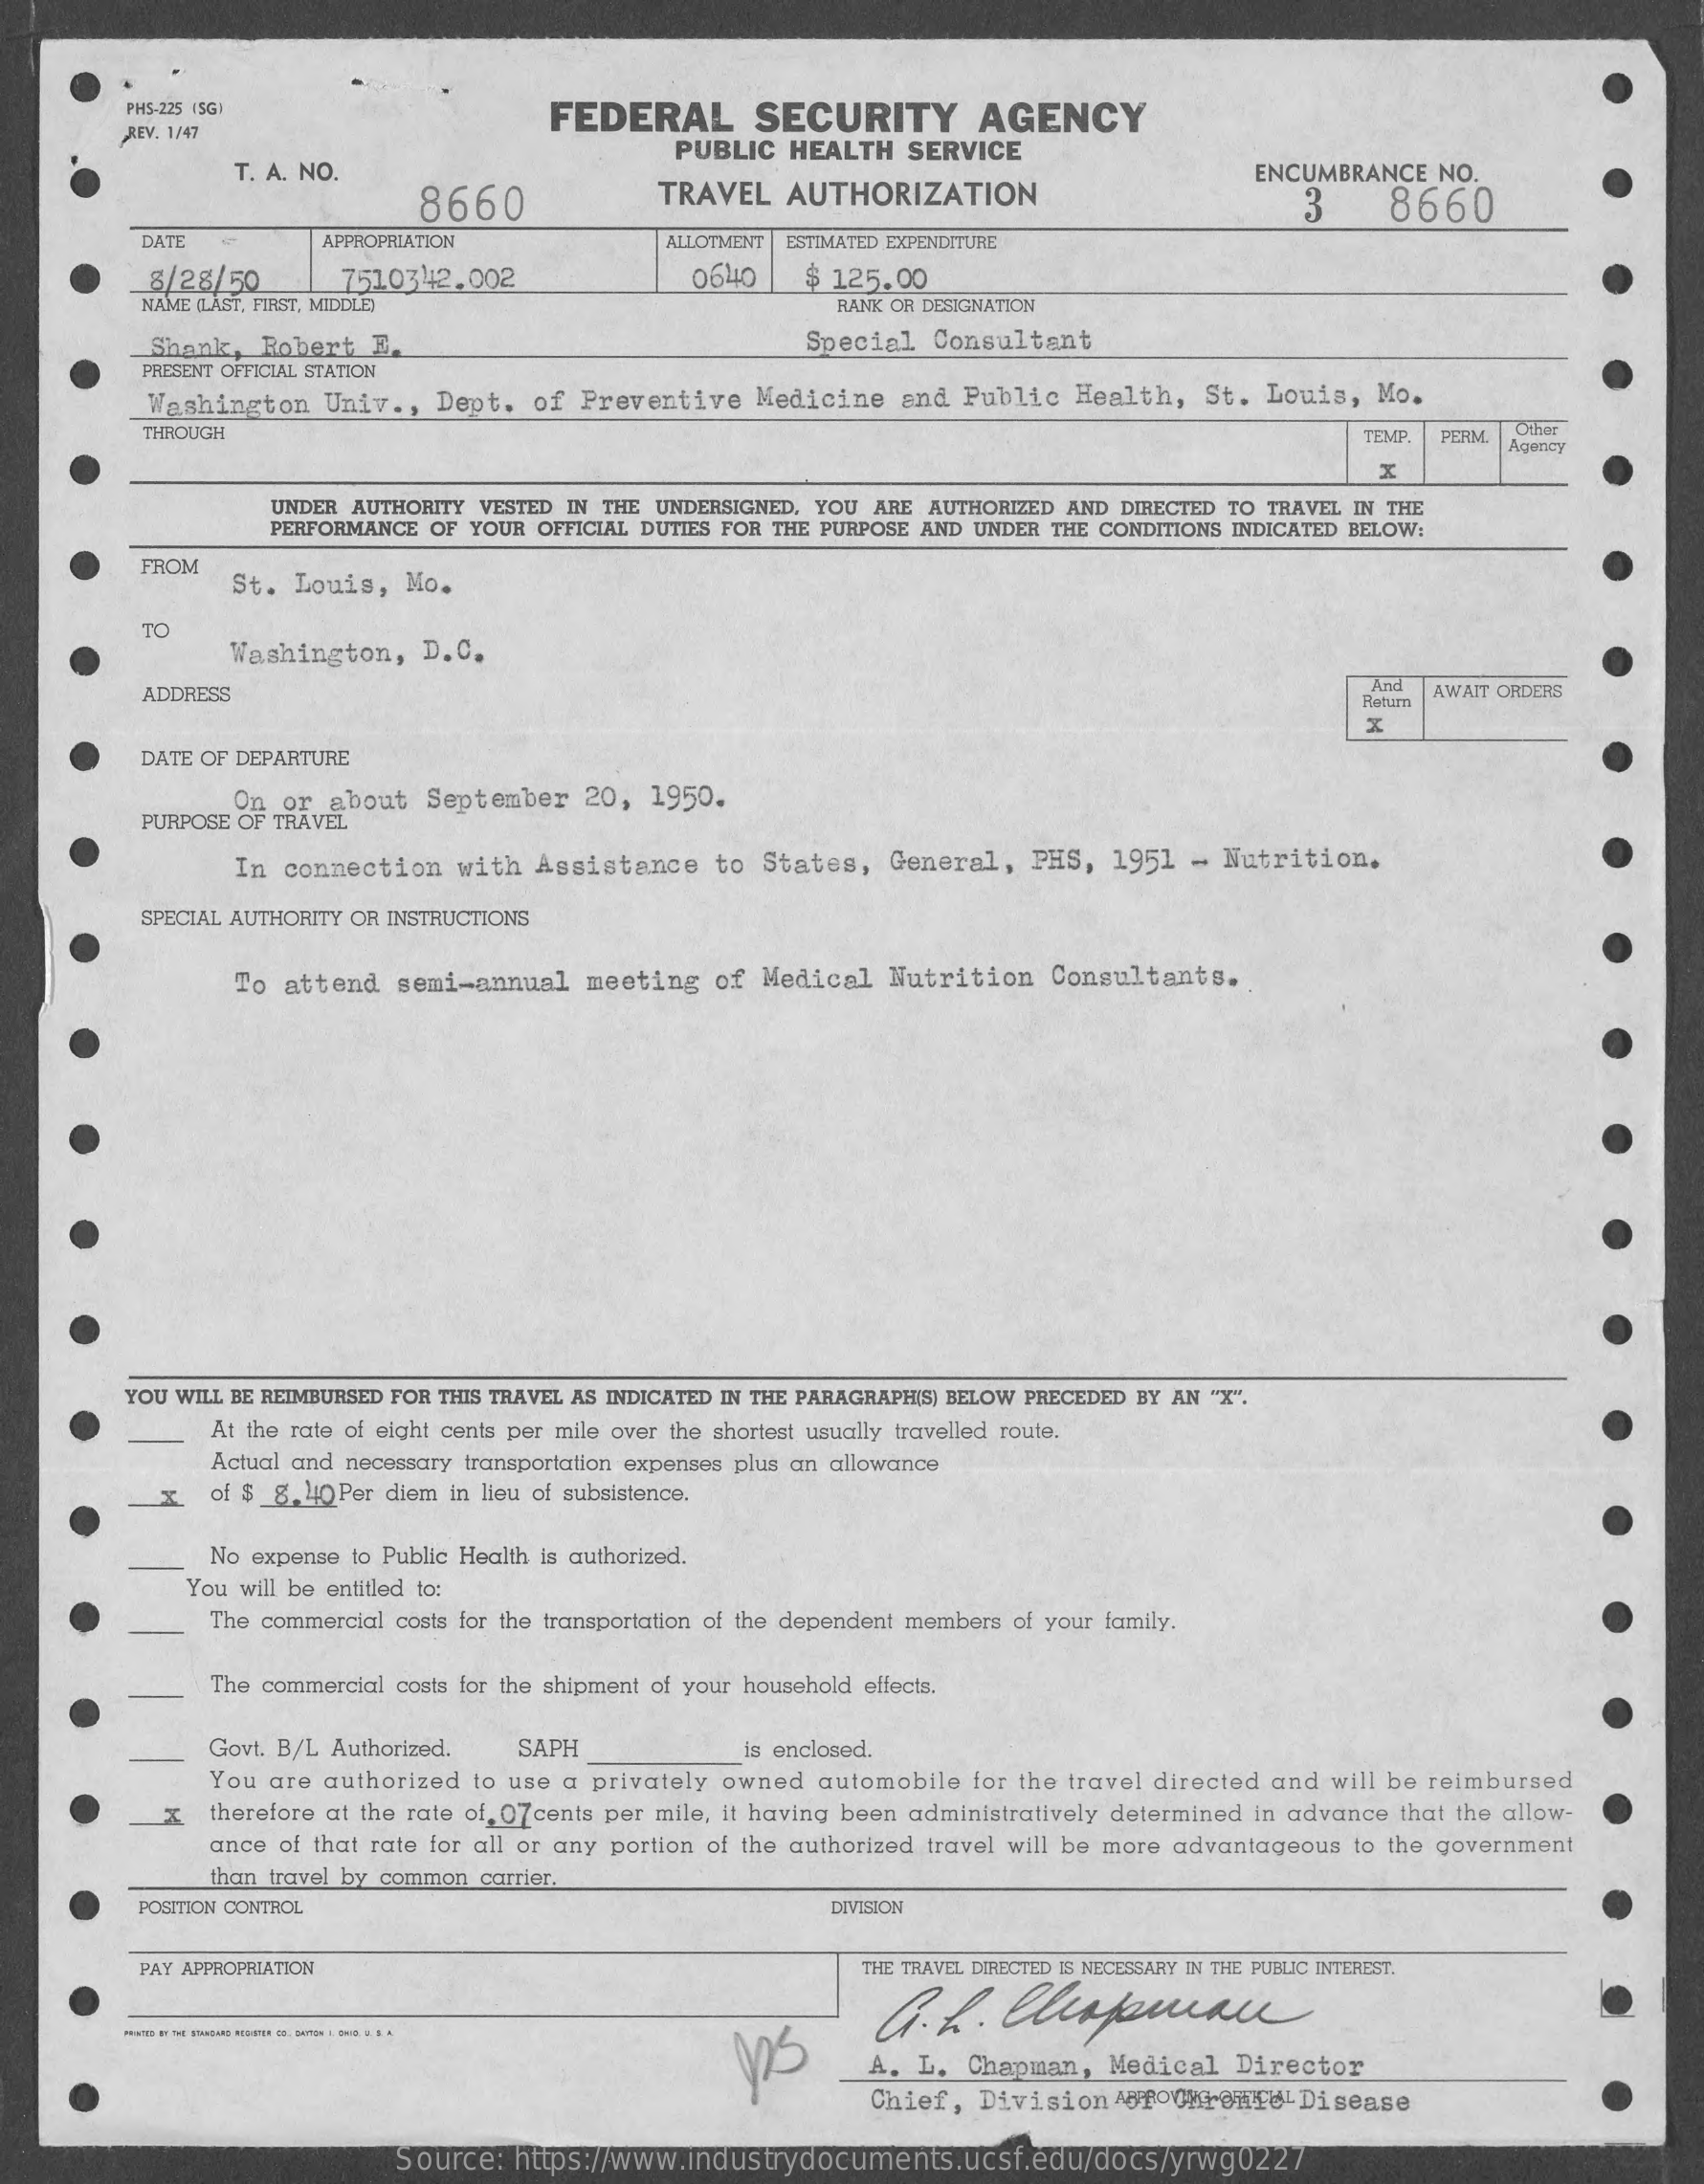
PHS-225 15G1    FEDERAL    SECURITY    AGENCY
     REV. 1/47
     T. A. NO.
     PUBLIC  HEALTH  SERVICE
     8660    TRAVEL   AUTHORIZATION
     ENCUMBRANCE  NO.
     3    8660
     DATE    APPROPRIATION    ALLOTMENT ESTIMATED EXPENDITURE
     8/28/50    7510342.002    0640   $ 125.00
     NAME (LAST, FIRST, MIDDLE)    RANK OR DESIGNATION
     Shank,  Robert  E.    Special Consultant
     PRESENT OFFICIAL STATION
     Washington  Univ ., Dept. of  Preventive  Medicine  and Public  Health, St.  Louis, Mo.
     THROUGH    TEMP. PERM. Other
     Agency
     x
     UNDER AUTHORITY VESTED IN THE UNDERSIGNED, YOU ARE AUTHORIZED AND DIRECTED TO TRAVEL IN THE
     PERFORMANCE OF YOUR OFFICIAL DUTIES FOR THE PURPOSE AND UNDER THE CONDITIONS INDICATED BELOW:
     FROM
     St. Louis,  Mo.
     TO
     Washington,  D.C.
     ADDRESS
     And
     Hetum
     AWAIT ORDERS
     DATE OF DEPARTURE
     On or  about September  20,  1950.
     PURPOSE OF TRAVEL
     In connection  with  Assistance  to States,  General,  PHS, 1951  - Nutrition.
     SPECIAL AUTHORITY OR INSTRUCTIONS
     To attend  semi-annual  meeting  of Medical  Nutrition  Consultants.
     YOU WILL BE REIMBURSED FOR THIS TRAVEL AS INDICATED IN THE PARAGRAPH(S) BELOW PRECEDED BY AN "X".
     At the rate of eight cents per mile over the shortest usually travelled route.
     Actual and necessary transportation expenses plus an allowance
     of $ 8. 40Per diem in lieu of subsistence.
     No expense to Public Health is authorized.
     You will be entitled to:
     The commercial costs for the transportation of the dependent members of your family.
     The commercial costs for the shipment of your household effects.
     Govt. B/L Authorized. SAPH    is enclosed.
     You are authorized to use a privately owned automobile for the travel directed and will be reimbursed
     x  therefore at the rate of, 07cents per mile, it having been administratively determined in advance that the allow-
     ance of that rate for all or any portion of the authorized travel will be more advantageous to the government
     than travel by common carrier.
     POSITION CONTROL    DIVISION
     PAY APPROPRIATION    THE TRAVEL DIRECTED 15 NECESSARY IN THE PUBLIC INTEREST.
     A. L. Chapman,  Medical  Director
     Chief, Division APPOONTOMFUL Disease
     Source: https://www.industrydocuments.ucsf.edu/docs/yrwg0227